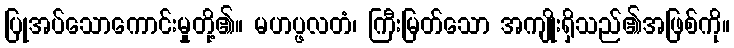
ပြုအပ်သောကောင်းမှုတို့၏။ မဟပ္ဖလတံ၊ ကြီးမြတ်သော အကျိုးရှိသည်၏အဖြစ်ကို။